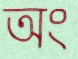
অং